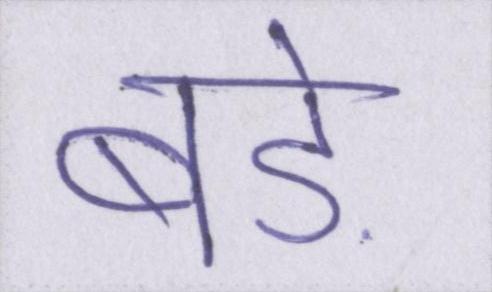
बडे़